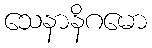
သေနာနိဂမော